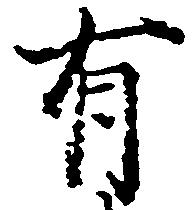
有